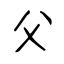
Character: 父